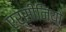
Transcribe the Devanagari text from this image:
एर्सीनियो